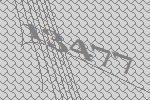
13477